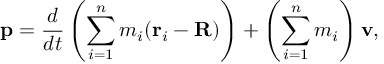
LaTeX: \mathbf { p } = { \frac { d } { d t } } \left( \sum _ { i = 1 } ^ { n } m _ { i } ( \mathbf { r } _ { i } - \mathbf { R } ) \right) + \left( \sum _ { i = 1 } ^ { n } m _ { i } \right) \mathbf { v } ,